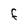
Character: F